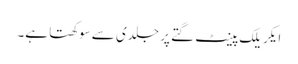
ایکریلک پینٹ گتے پر جلدی سے سوکھتا ہے۔